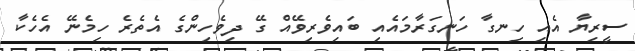
ސީރިޔާ އެއި ހިނގާ ހަނގަރާމައެއި ބައިވެރިވޭއް ގޭ ދިވެހިންގެ އެތެރެ ހިމެނޭ އެހެކާ